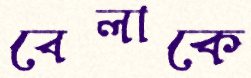
বেলাকে